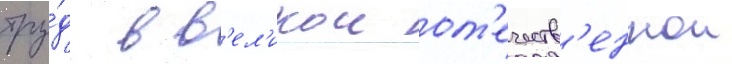
тру́д в в'ел'икои от'ечеств'еннои